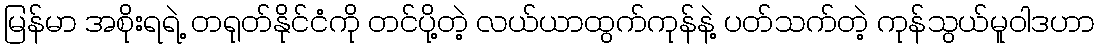
မြန်မာ အစိုးရရဲ့ တရုတ်နိုင်ငံကို တင်ပို့တဲ့ လယ်ယာထွက်ကုန်နဲ့ ပတ်သက်တဲ့ ကုန်သွယ်မူဝါဒဟာ